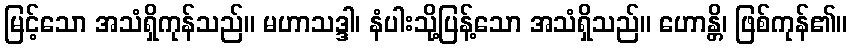
မြင့်သော အသံရှိကုန်သည်။ မဟာသဒ္ဒါ၊ နံပါးသို့ပြန့်သော အသံရှိသည်။ ဟောန္တိ၊ ဖြစ်ကုန်၏။